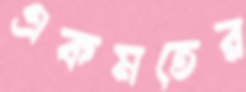
একমতের